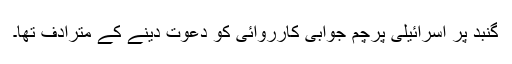
گنبد پر اسرائیلی پرچم جوابی کارروائی کو دعوت دینے کے مترادف تھا۔